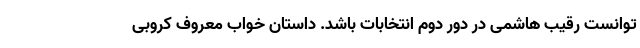
توانست رقیب هاشمی در دور دوم انتخابات باشد. داستان خواب معروف کروبی